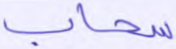
سحاب